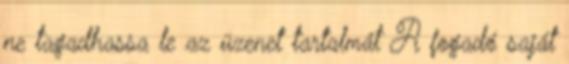
ne tagadhassa le az üzenet tartalmát A fogadó saját